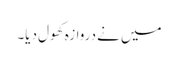
میں نے دروازہ کھول دیا۔